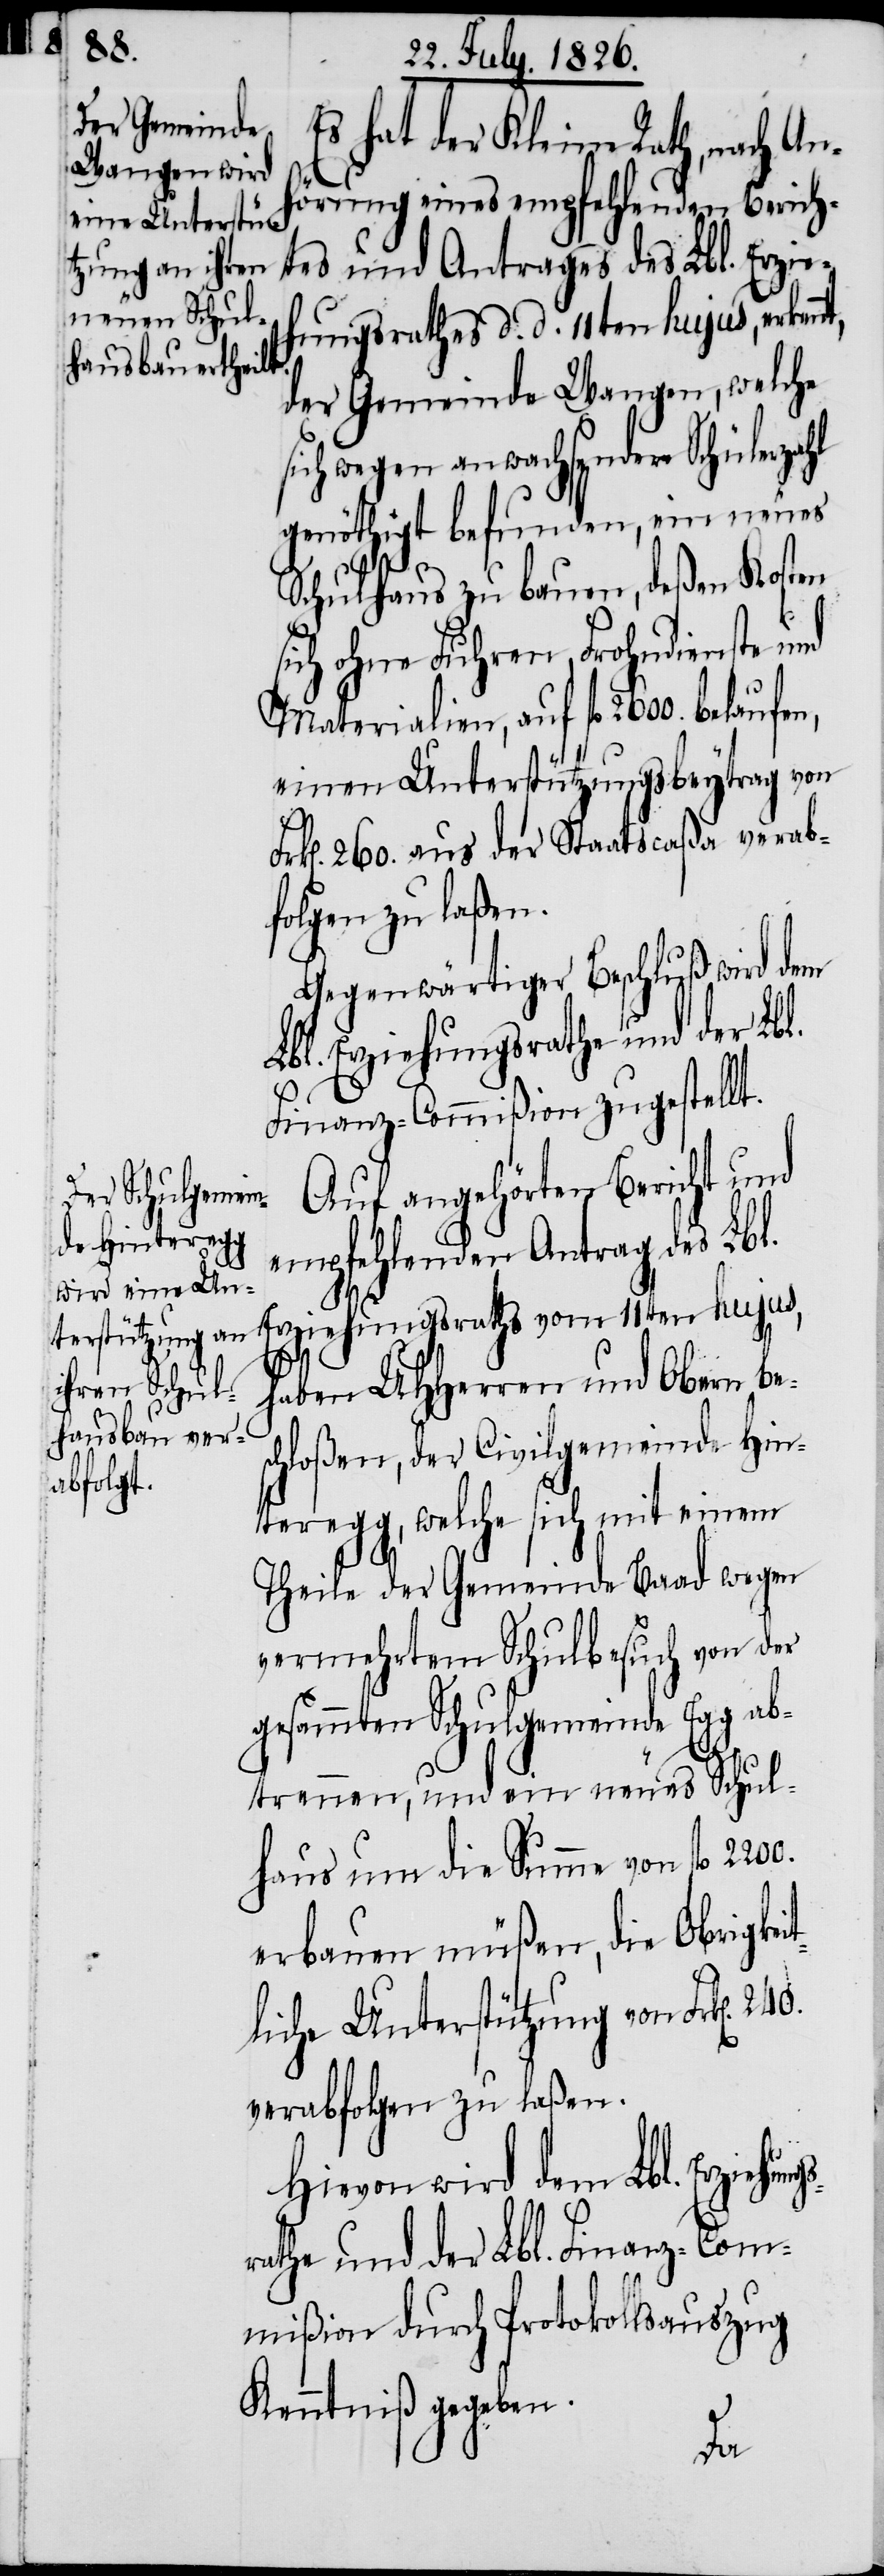
Es hat der Kleine Rath, nach A¬
örung eins empfehlenden Berich¬
tes und Antrages des Lbl. Erzie¬
hungsrathes d. d. 11ten hujus, erken¬
der Gemeinde Wangen, welche
sich wegen anwachsender Schülerzahl
genöthigt befunden, ein neues
Schulhaus zu bauen, deßen Kosten
sich ohne Fuhren, Frohndienste und
Materialien, auf fl. 2600. belaufen,
einen Unterstützungsbeytrag von
k[en]. 260. aus der Staatscaßa verab¬
folgen zu laßen.
Gegenwärtiger Beschluß wird dem
Lbl. Erziehungsrathe und der Lbl.
Finanz-Commißion zugestellt.
Auf angehörten Bericht und
empfehlenden Antrag des Lbl.
haben MHHerren und Obern be¬
schloßen, der Civilgemeinde Hin¬
teregg, welche sich mit einem
Theile der Gemeinde Baad wegen
vermehrtem Schulbesuch von der
gesammten Schulgemeinde Egg ab¬
trennen, und ein neues Schul¬
haus um die Summe von fl.
erbauen müßen, die Obrigkei¬
tliche Unterstützung von Frk[en].
verabfolgen zu laßen.
Hievon wird dem Lbl. Erziehu¬
rathe und der Lbl. Finanz-Com¬
mißion durch Protokollsauszug
Kenntniß gegeben.
ngs¬